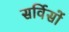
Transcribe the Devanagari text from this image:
सर्विसों